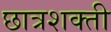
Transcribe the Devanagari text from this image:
छात्रशक्ती